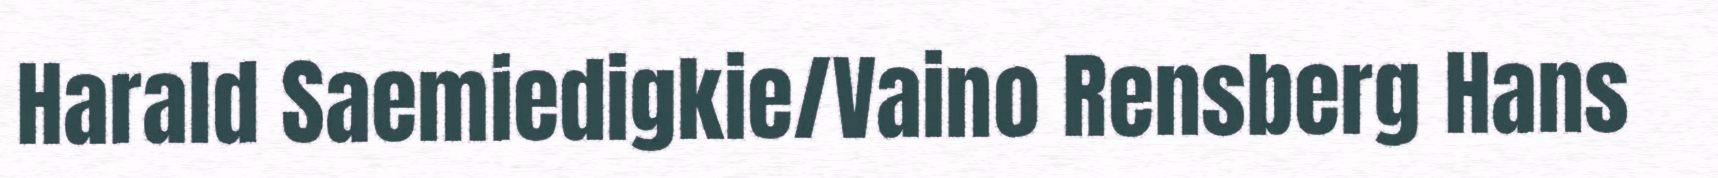
Harald Saemiedigkie/Vaino Rensberg Hans